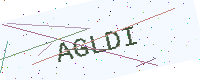
Text: AGLDI